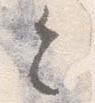
令